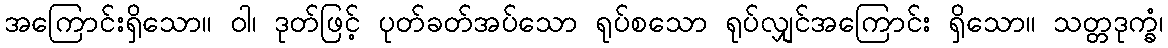
အကြောင်းရှိသော။ ဝါ၊ ဒုတ်ဖြင့် ပုတ်ခတ်အပ်သော ရုပ်စသော ရုပ်လျှင်အကြောင်း ရှိသော။ သတ္တဒုက္ခံ၊